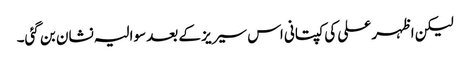
لیکن اظہر علی کی کپتانی اس سیریز کے بعد سوالیہ نشان بن گئی۔